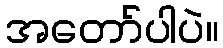
အတော်ပါပဲ။